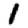
Digit: 1